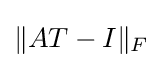
\|AT-I\|_{F}